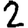
Digit: 2